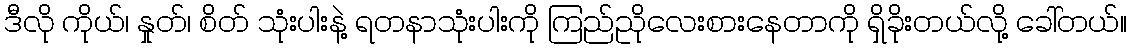
ဒီလို ကိုယ်၊ နှုတ်၊ စိတ် သုံးပါးနဲ့ ရတနာသုံးပါးကို ကြည်ညိုလေးစားနေတာကို ရှိခိုးတယ်လို့ ခေါ်တယ်။